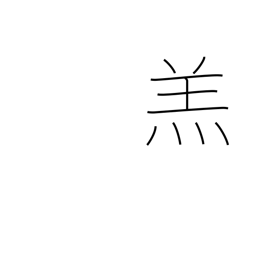
Meaning: lamb